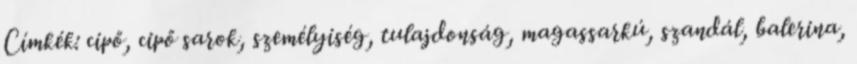
Címkék: cipő, cipő sarok, személyiség, tulajdonság, magassarkú, szandál, balerina,